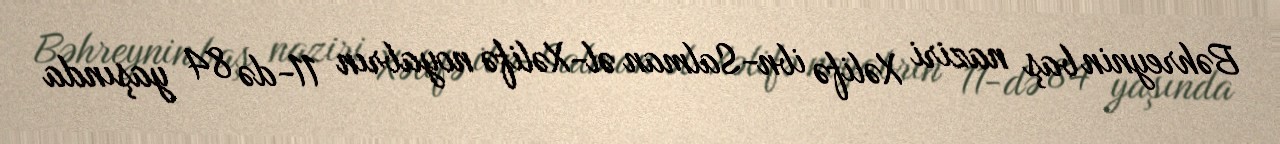
Bəhreynin baş naziri Xəlifə ibn-Salman əl-Xəlifə noyabrın 11-də 84 yaşında